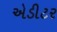
એડીટર